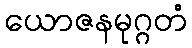
ယောဇနမုဂ္ဂတံ